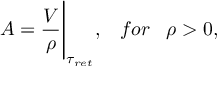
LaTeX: A = \frac { V } { \rho } { \Bigg | } _ { { \tau } _ { r e t } } , \; \; \; f o r \; \; \; \rho > 0 ,